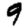
Digit: 9